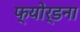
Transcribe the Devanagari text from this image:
फ्योर्डना